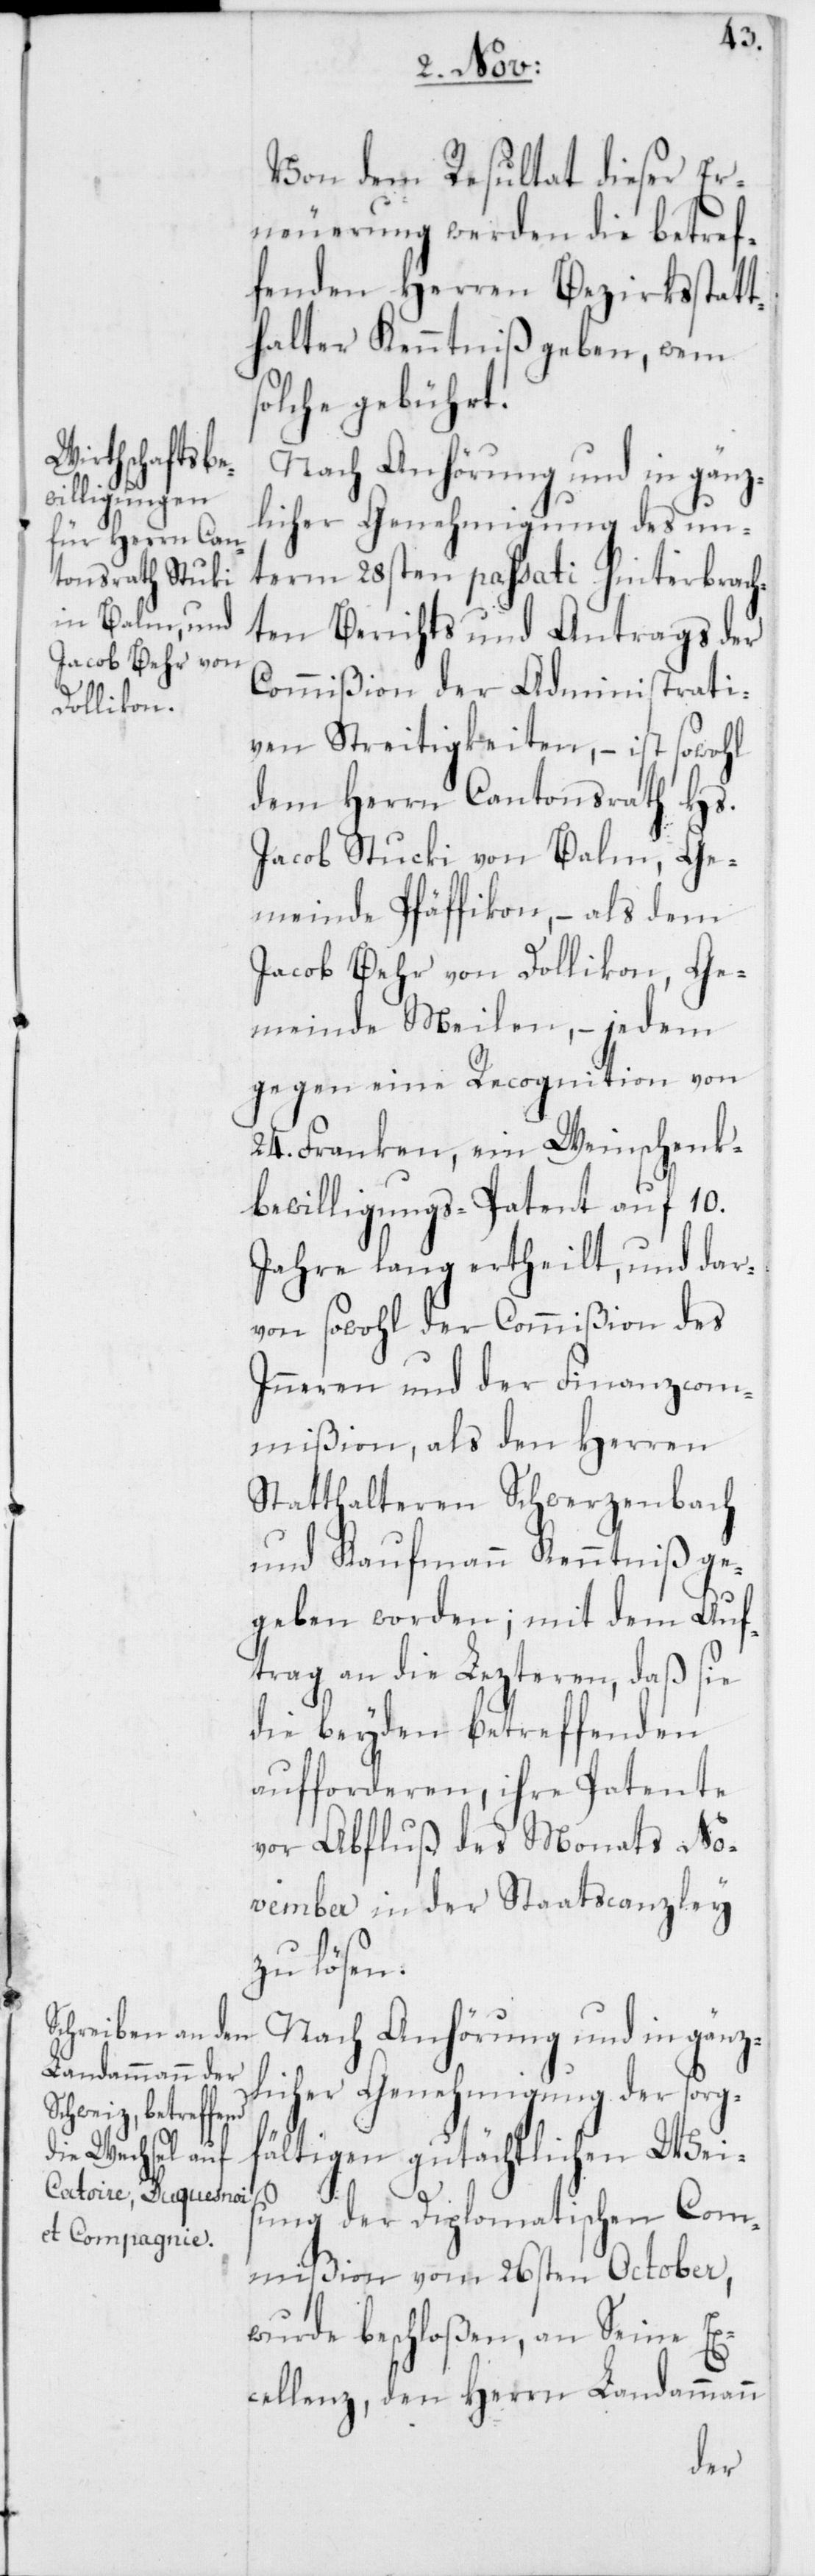
Ge¬

Von dem Resultat dieser Er¬
neuerung werden die betref¬
fenden Herren Bezirksstatt¬
halter Kenntniß geben, wem
solche gebührt.
Nach Anhörung und in gänz¬
licher Genehmigung des un¬
term 28sten passati hinterbrach¬
ten Berichts und Antrags der
Commißion der Administrati¬
ven Streitigkeiten, – ist sowohl
dem Herrn Cantonsrath Hs.
meinde Pfäffikon, – als dem
Jacob Behr von Dollikon, Ge¬
meinde Meilen, – jedem
gegen eine Recognition von
24. Franken, ein Weinschenk¬
bewilligungs-Patent auf 10.
Jahre lang ertheilt, und dar¬
von sowohl der Commißion des
Inneren und der Finanzcom¬
mißion, als den Herren
Statthalteren Schwerzenbach
und Kaufmann Kenntniß ge¬
geben worden; mit dem Auf¬
trag an die Lezteren, daß sie
die beyden betreffenden
aufforderen, ihre Patente
vor Abfluß des Monats No¬
vember in der Staatscanzley
zu lösen.
licher Genehmigung der sorg¬
fältigen gutächtlichen Weis¬
ung der Diplomatischen Com¬
mißion vom 26sten October,
wurde beschloßen, an Seine Ex¬
cellenz, den Herrn Landammann